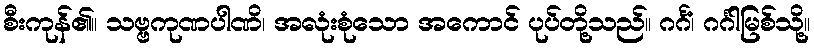
စီးကုန်၏။ သဗ္ဗကုဏပါဏိ၊ အလုံးစုံသော အကောင် ပုပ်တို့သည်။ ဂင်္ဂံ၊ ဂင်္ဂါမြစ်သို့။